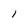
Character: 1